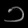
Digit: ၁